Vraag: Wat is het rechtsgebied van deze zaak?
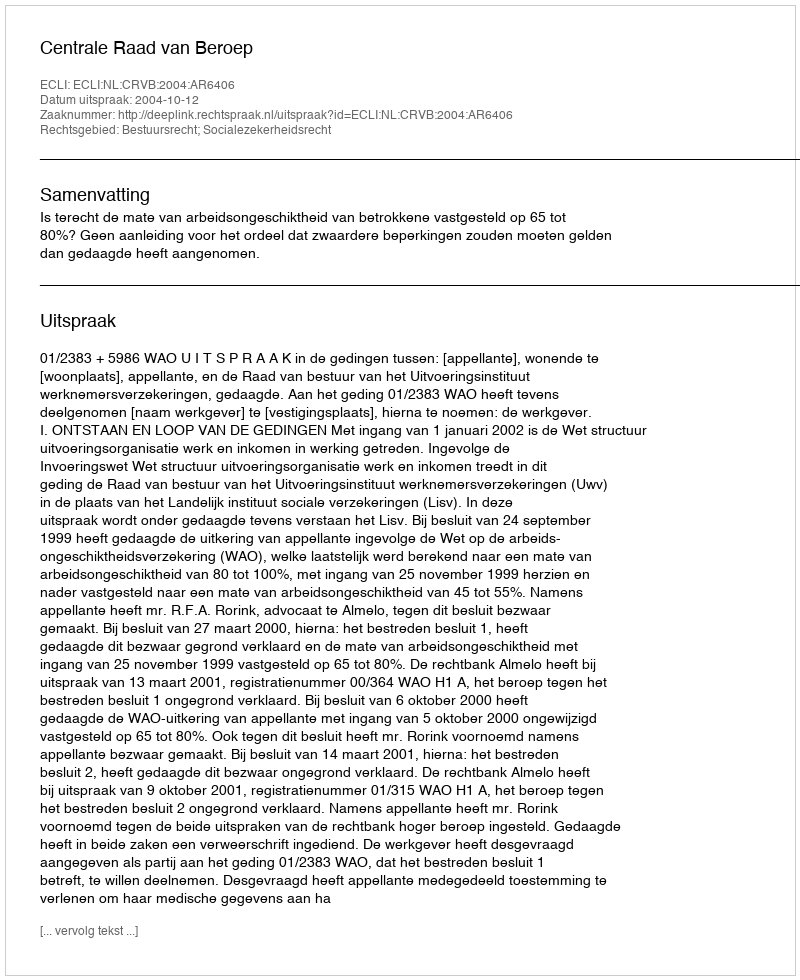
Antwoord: Bestuursrecht; Socialezekerheidsrecht